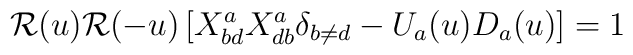
{\cal R}(u){\cal R}(-u)\left[X^a_{bd}X^a_{db}\delta_{b\neq d}-U_a(u)D_a(u)\right]=1